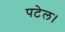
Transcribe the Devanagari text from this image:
पटेल।